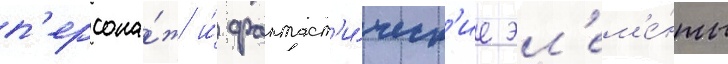
п'ерсона́ж и́ фантаст'и́ческ'ие эл'ем'е́нты